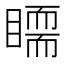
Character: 𥋃